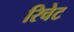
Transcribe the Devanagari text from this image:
रिचेट